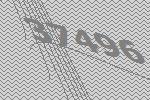
37496